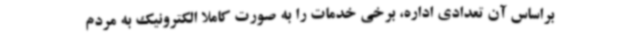
براساس آن تعدادی اداره، برخی خدمات را به صورت کاملا الکترونیک به مردم